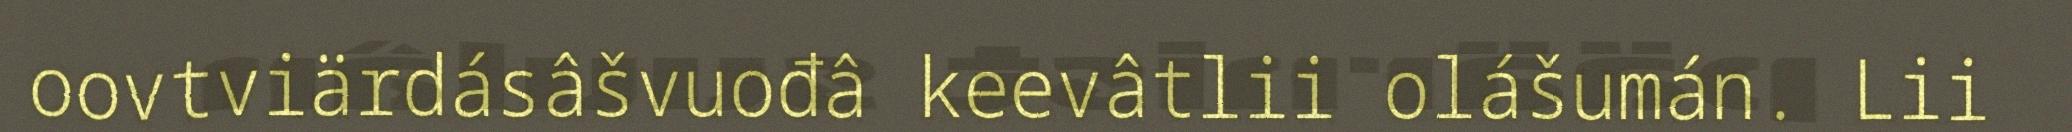
oovtviärdásâšvuođâ keevâtlii olášumán. Lii